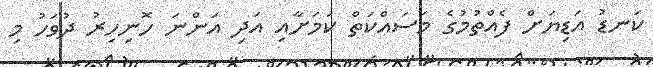
ކަނޑު އަޑިޔަށް ފެއްތުމުގެ މަސައްކަތް ކަމަށާއި އަދި އަންނަ ހޮނިހިރު ދުވަހު މި